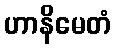
ဟာနိမေတံ